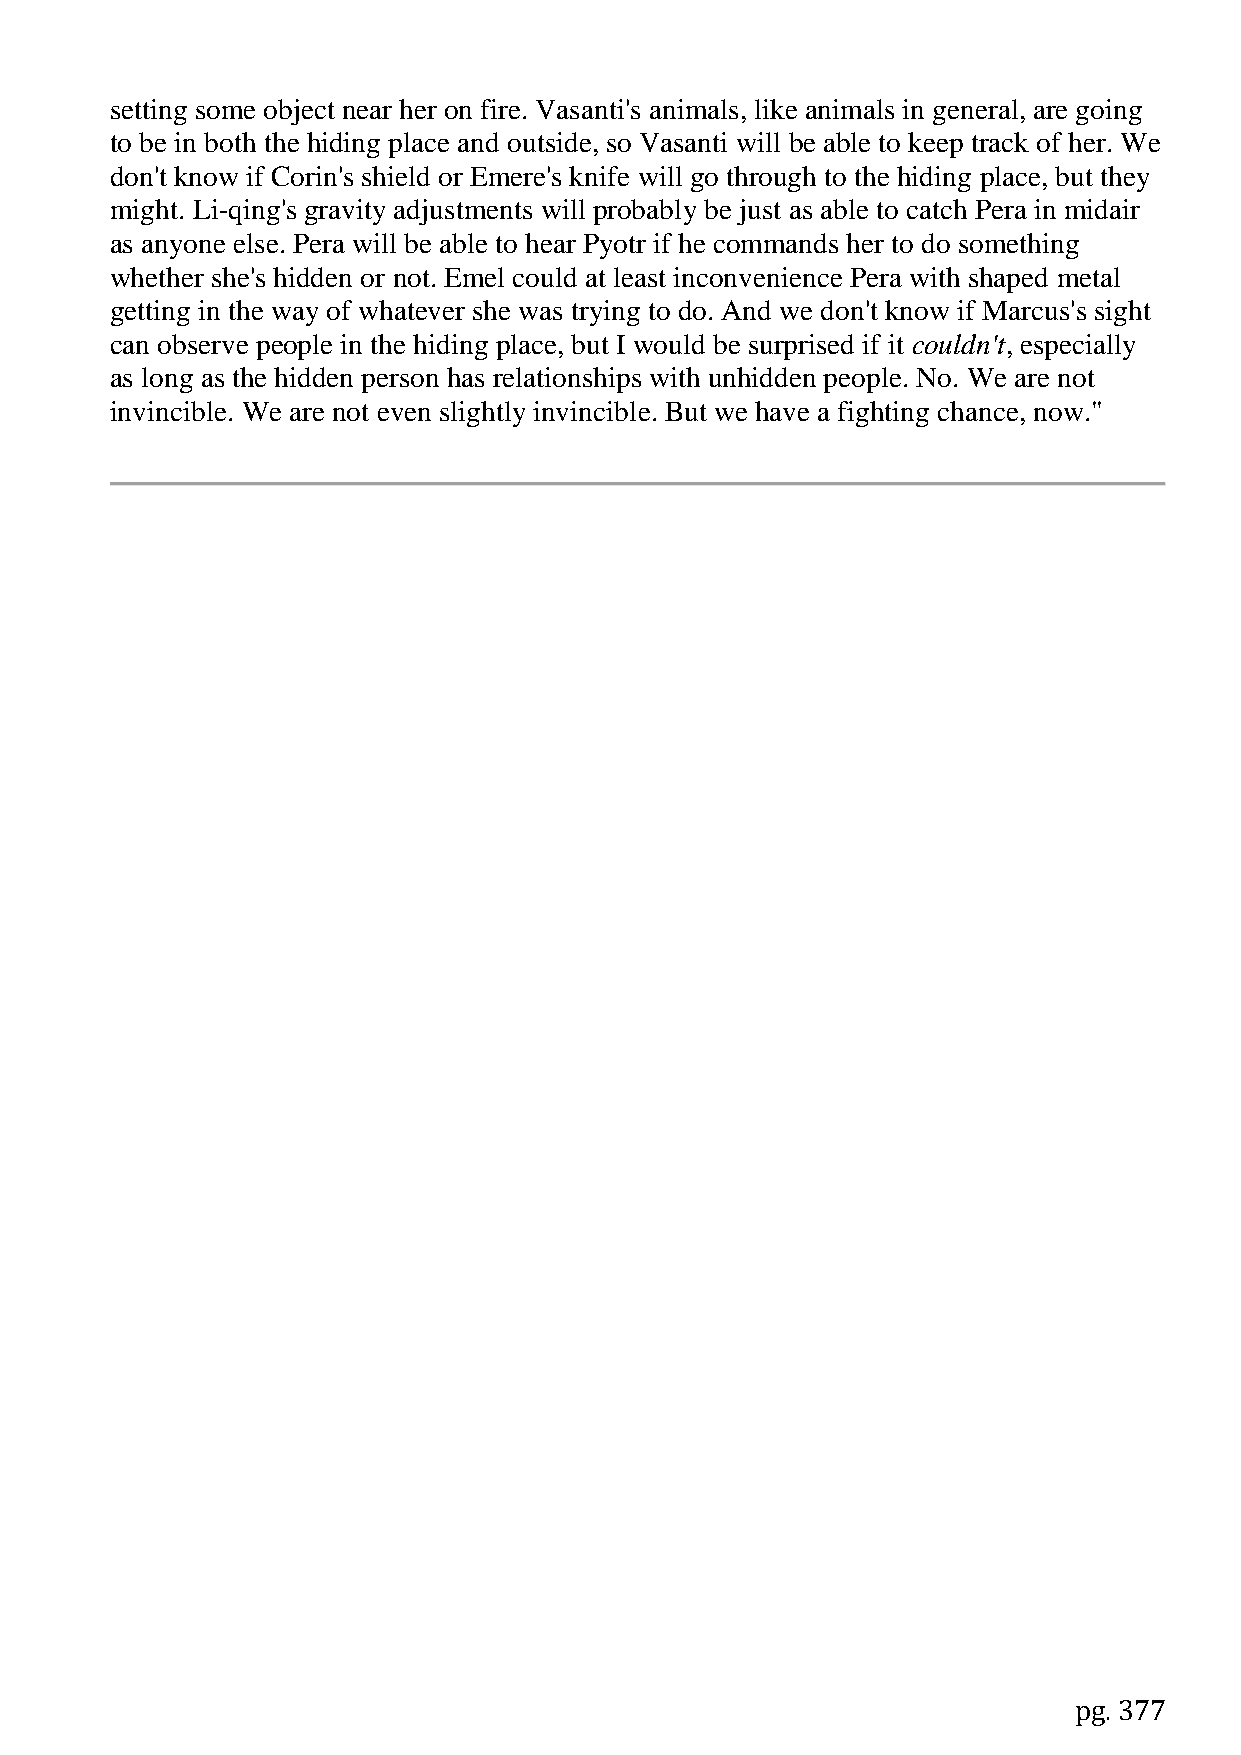
setting some object near her on fire. Vasanti's animals, like animals in general, are going
 to be in both the hiding place and outside, so Vasanti will be able to keep track of her. We
 don't know if Corin's shield or Emere's knife will go through to the hiding place, but they
 might. Li-qing's gravity adjustments will probably be just as able to catch Pera in midair
 as anyone else. Pera will be able to hear Pyotr if he commands her to do something
 whether she's hidden or not. Emel could at least inconvenience Pera with shaped metal
 getting in the way of whatever she was trying to do. And we don't know if Marcus's sight
 can observe people in the hiding place, but I would be surprised if it couldn't, especially
 as long as the hidden person has relationships with unhidden people. No. We are not
 invincible. We are not even slightly invincible. But we have a fighting chance, now."
 pg. 377